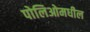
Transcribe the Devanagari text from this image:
पोलिओमधील